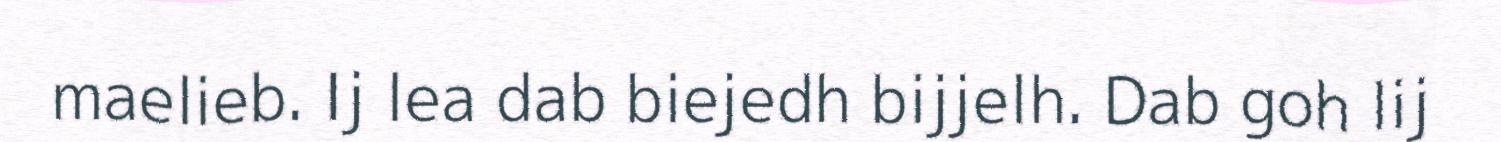
maelieb. Ij lea dab biejedh bijjelh. Dab goh lij